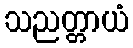
သညတ္တာယံ